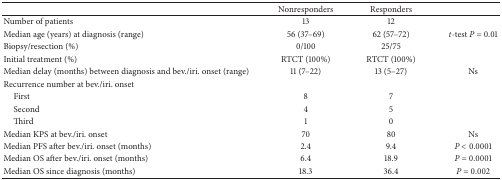
|  | Nonresponders | Responders |  |
 | --- | --- | --- | --- |
 | Number of patients | 13 | 12 |  |
 | Median age (years) at diagnosis (range) | 56 (37–69) | 62 (57–72) | t-test P = 0.01 |
 | Biopsy/resection (%) | 0/100 | 25/75 |  |
 | Initial treatment (%) | RTCT (100%) | RTCT (100%) |  |
 | Median delay (months) between diagnosis and bev./iri. onset (range) | 11 (7–22) | 13 (5–27) | Ns |
 | Recurrence number at bev./iri. onset |  |  |  |
 | First | 8 | 7 |  |
 | Second | 4 | 5 |  |
 | Third | 1 | 0 |  |
 | Median KPS at bev./iri. onset | 70 | 80 | Ns |
 | Median PFS after bev./iri. onset (months) | 2.4 | 9.4 | P < 0.0001 |
 | Median OS after bev./iri. onset (months) | 6.4 | 18.9 | P = 0.0001 |
 | Median OS since diagnosis (months) | 18.3 | 36.4 | P = 0.002 |